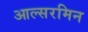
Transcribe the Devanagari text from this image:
आल्सरमिन